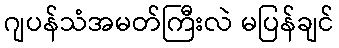
ဂျပန်သံအမတ်ကြီးလဲ မပြန်ချင်